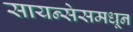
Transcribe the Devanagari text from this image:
सायन्सेसमधून